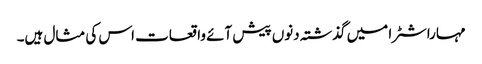
مہاراشٹرا میں گذشتہ دنوں پیش آئے واقعات اس کی مثال ہیں۔